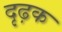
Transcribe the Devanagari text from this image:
दृढ़क